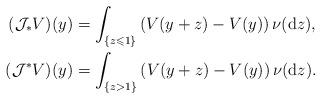
LaTeX: \begin{align*}(\mathcal{J}_{\ast}V)(y) & =\int_{\lbrace z\leqslant1\rbrace}\left(V(y+z)-V(y)\right)\nu(\mathrm{d}z),\\(\mathcal{J}^{\ast}V)(y) & =\int_{\lbrace z>1\rbrace}\left(V(y+z)-V(y)\right)\nu(\mathrm{d}z).\end{align*}